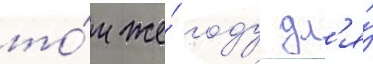
то́м же́ году дл'я́